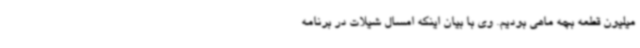
میلیون قطعه بچه ماهی بودیم. وی با بیان اینکه امسال شیلات در برنامه